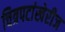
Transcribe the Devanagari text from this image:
चित्रपटांखेरीज